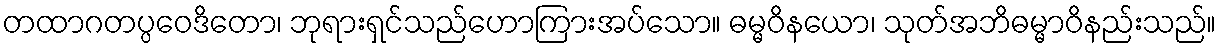
တထာဂတပ္ပဝေဒိတော၊ ဘုရားရှင်သည်ဟောကြားအပ်သော။ ဓမ္မဝိနယော၊ သုတ်အဘိဓမ္မာဝိနည်းသည်။